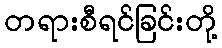
တရားစီရင်ခြင်းတို့